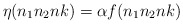
\begin{align*}\eta(n_1n_2nk)=\alpha f(n_1n_2nk)\end{align*}